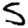
Digit: 5